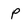
Character: P